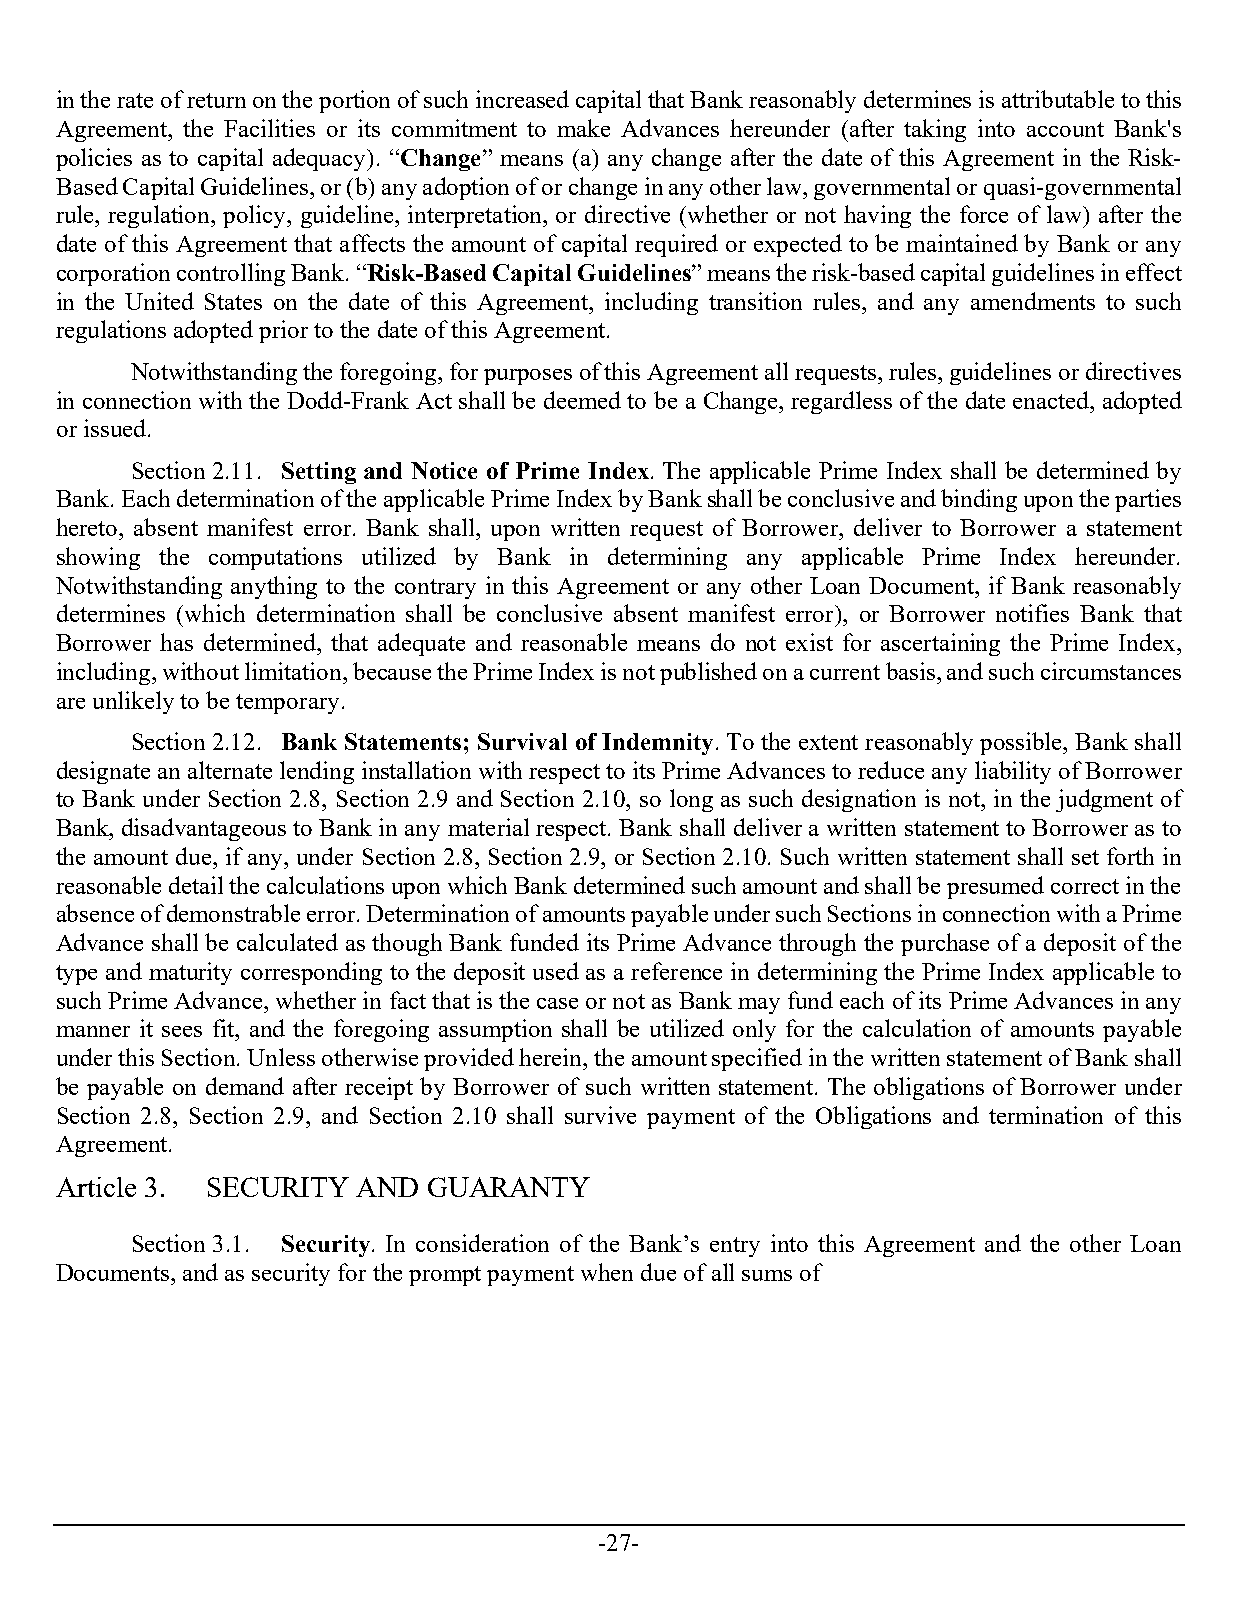
in the rate of return on the portion of such increased capital that Bank reasonably determines is attributable to this
 Agreement, the Facilities or its commitment to make Advances hereunder (after taking into account Bank's
 policies as to capital adequacy). “Change” means (a) any change after the date of this Agreement in the Risk-
 Based Capital Guidelines, or (b) any adoption of or change in any other law, governmental or quasi-governmental
 rule, regulation, policy, guideline, interpretation, or directive (whether or not having the force of law) after the
 date of this Agreement that affects the amount of capital required or expected to be maintained by Bank or any
 corporation controlling Bank. “Risk-Based Capital Guidelines” means the risk-based capital guidelines in effect
 in the United States on the date of this Agreement, including transition rules, and any amendments to such
 regulations adopted prior to the date of this Agreement.
 Notwithstanding the foregoing, for purposes of this Agreement all requests, rules, guidelines or directives
 in connection with the Dodd-Frank Act shall be deemed to be a Change, regardless of the date enacted, adopted
 or issued.
 Section 2.11. Setting and Notice of Prime Index. The applicable Prime Index shall be determined by
 Bank. Each determination of the applicable Prime Index by Bank shall be conclusive and binding upon the parties
 hereto, absent manifest error. Bank shall, upon written request of Borrower, deliver to Borrower a statement
 showing the computations utilized by Bank in determining any applicable Prime Index hereunder.
 Notwithstanding anything to the contrary in this Agreement or any other Loan Document, if Bank reasonably
 determines (which determination shall be conclusive absent manifest error), or Borrower notifies Bank that
 Borrower has determined, that adequate and reasonable means do not exist for ascertaining the Prime Index,
 including, without limitation, because the Prime Index is not published on a current basis, and such circumstances
 are unlikely to be temporary.
 Section 2.12. Bank Statements; Survival of Indemnity. To the extent reasonably possible, Bank shall
 designate an alternate lending installation with respect to its Prime Advances to reduce any liability of Borrower
 to Bank under Section 2.8, Section 2.9 and Section 2.10, so long as such designation is not, in the judgment of
 Bank, disadvantageous to Bank in any material respect. Bank shall deliver a written statement to Borrower as to
 the amount due, if any, under Section 2.8, Section 2.9, or Section 2.10. Such written statement shall set forth in
 reasonable detail the calculations upon which Bank determined such amount and shall be presumed correct in the
 absence of demonstrable error. Determination of amounts payable under such Sections in connection with a Prime
 Advance shall be calculated as though Bank funded its Prime Advance through the purchase of a deposit of the
 type and maturity corresponding to the deposit used as a reference in determining the Prime Index applicable to
 such Prime Advance, whether in fact that is the case or not as Bank may fund each of its Prime Advances in any
 manner it sees fit, and the foregoing assumption shall be utilized only for the calculation of amounts payable
 under this Section. Unless otherwise provided herein, the amount specified in the written statement of Bank shall
 be payable on demand after receipt by Borrower of such written statement. The obligations of Borrower under
 Section 2.8, Section 2.9, and Section 2.10 shall survive payment of the Obligations and termination of this
 Agreement.
 Article 3. SECURITY AND GUARANTY
 Section 3.1. Security. In consideration of the Bank’s entry into this Agreement and the other Loan
 Documents, and as security for the prompt payment when due of all sums of
 -27-